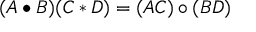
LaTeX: ( A \bullet B ) ( C \ast D ) = ( A C ) \circ ( B D )